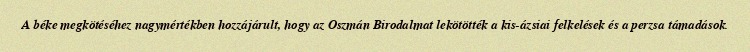
A béke megkötéséhez nagymértékben hozzájárult, hogy az Oszmán Birodalmat lekötötték a kis-ázsiai felkelések és a perzsa támadások.